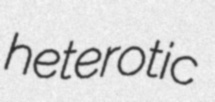
heterotic